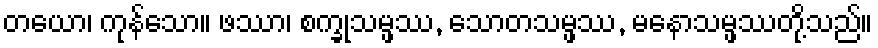
တယော၊ ကုန်သော။ ဖဿာ၊ စက္ခုသမ္ဖဿ, သောတသမ္ဖဿ, မနောသမ္ဖဿတို့သည်။